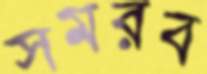
সমরব